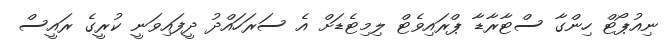
ނިއުޕޯޓް ހިންގާ ސްޓާރާޑާ ޕްރައިވެޓް ލިިމިޓެޑަށް އެ ސަރަހައްދު ދީފައިވަނީ ކުރީގެ ރައީސް